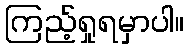
ကြည့်ရှုရမှာပါ။